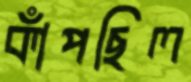
কাঁপছিল